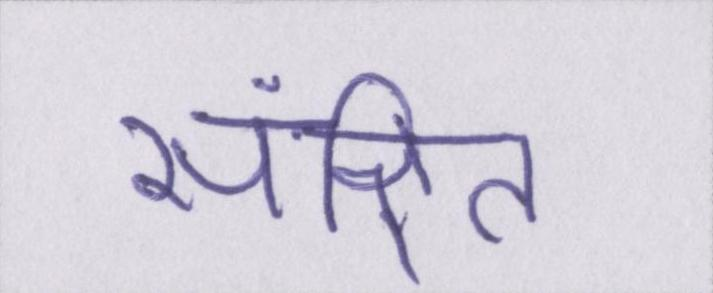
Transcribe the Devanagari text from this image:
संक्षित